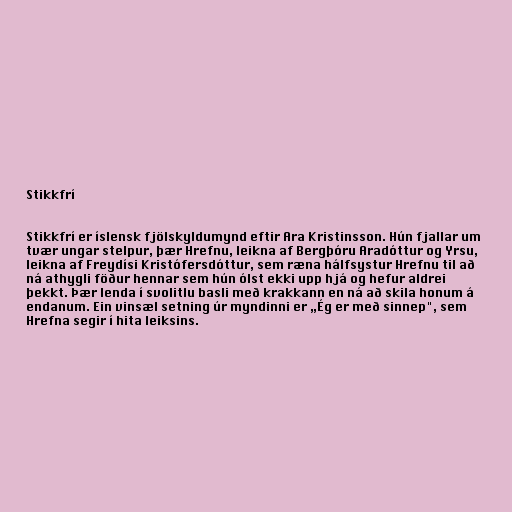
Stikkfrí

Stikkfrí er íslensk fjölskyldumynd eftir Ara Kristinsson. Hún fjallar um
tvær ungar stelpur, þær Hrefnu, leikna af Bergþóru Aradóttur og Yrsu,
leikna af Freydísi Kristófersdóttur, sem ræna hálfsystur Hrefnu til að
ná athygli föður hennar sem hún ólst ekki upp hjá og hefur aldrei
þekkt. Þær lenda í svolitlu basli með krakkann en ná að skila honum á
endanum. Ein vinsæl setning úr myndinni er „Ég er með sinnep", sem
Hrefna segir í hita leiksins.